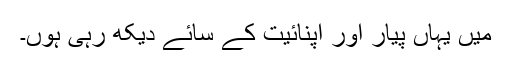
میں یہاں پیار اور اپنائیت کے سائے دیکھ رہی ہوں۔